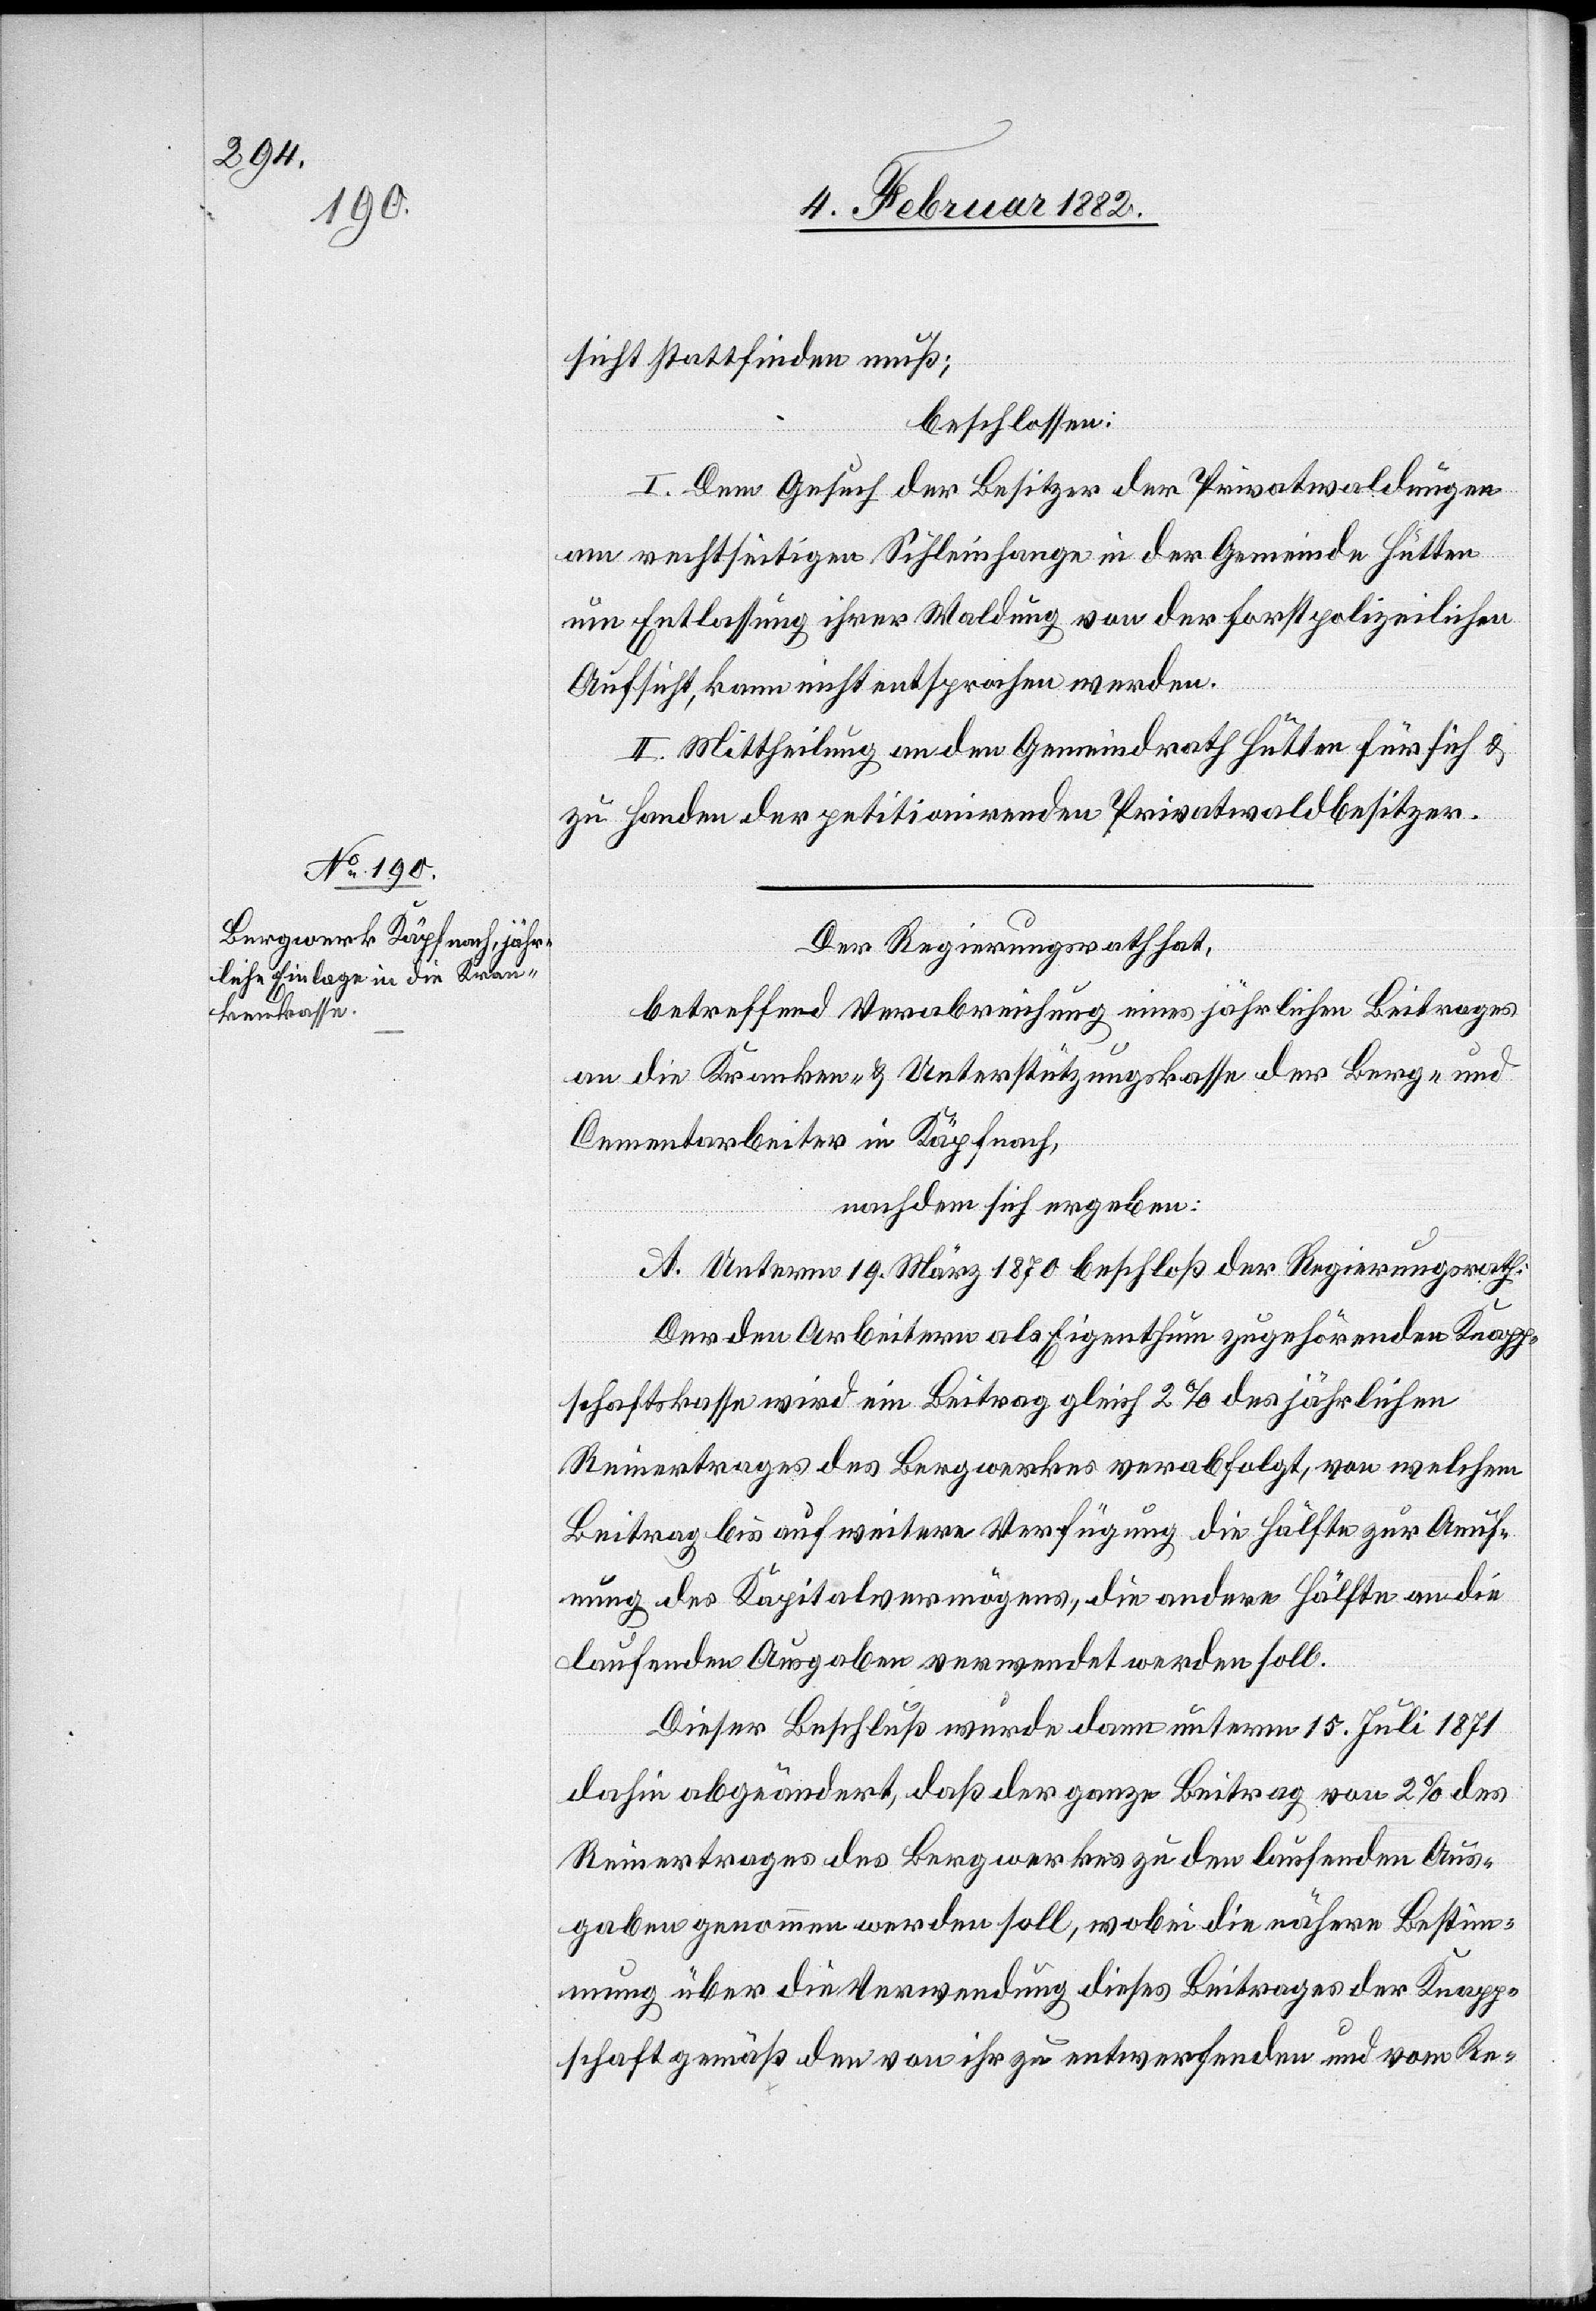
sicht stattfinden muß;
beschlossen:
I. Dem Gesuch der Besitzer der Privatwaldungen
am rechtseitigen Sihleinhange und er Gemeinde Hütten
um Entlassung ihrer Waldung von der forstpolizeilichen
Aufsicht, kann nicht entsprochen werden.
II. Mittheilung an den Gemeindrath Hütten für sich &
zu Handen der petitionierenden Privatwaldbesitzern.
Der Regierungsrath hat,
betreffend Verabreichung eines jährlichen Beitrages
an die Kranken- & Unterstützungskasse der Berg- und
Cementarbeiter in Käpfnach,
nachdem sich ergeben:
A. Unterm 19. März 1870 beschloß der Regierungsrath:
Der den Arbeitern als Eigenthum zugehörenden Knapp¬
schaftskasse wird ein Beitrag gleich 2% des jährlichen
Reinertrages des Bergwerkes verabfolgt, von welchem
Beitrag bis auf weitere Verfügung die Hälfte zur Aeuf¬
nung des Kapitalvermögens, die andere Hälfte an die
laufenden Ausgaben verwendet werden soll.
Dieser Beschluß wurde dann unterm 15. Juli 1871
dahin abgeändert, daß der ganze Beitrag von 2% des
Reinertrages des Bergwerkes zu den laufenden Aus¬
gaben genommen werden soll, wobei die nähere Bestim¬
mung über die Verwendung dieses Beitrages der Knapp¬
schaft gemäß den von ihr zu entwerfenden und vom Re-